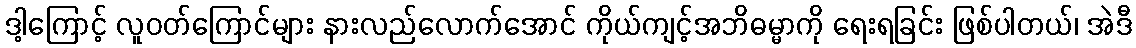
ဒါ့ကြောင့် လူဝတ်ကြောင်များ နားလည်လောက်အောင် ကိုယ်ကျင့်အဘိဓမ္မာကို ရေးရခြင်း ဖြစ်ပါတယ်၊ အဲဒီ